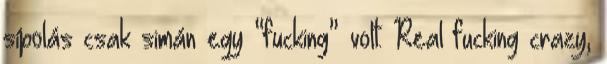
sípolás csak simán egy “fucking” volt. Real fucking crazy,